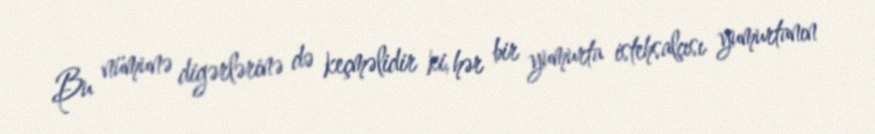
Bu nümunə digərlərinə də keçməlidir ki, hər bir yumurta istehsalçısı yumurtanın